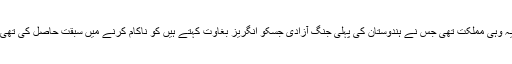
یہ وہی مملکت تھی جس نے ہندوستان کی پہلی جنگ آزادی جسکو انگریز بغاوت کہتے ہیں کو ناکام کرنے میں سبقت حاصل کی تھی۔